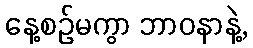
နေ့စဉ်မကွာ ဘာဝနာနဲ့,